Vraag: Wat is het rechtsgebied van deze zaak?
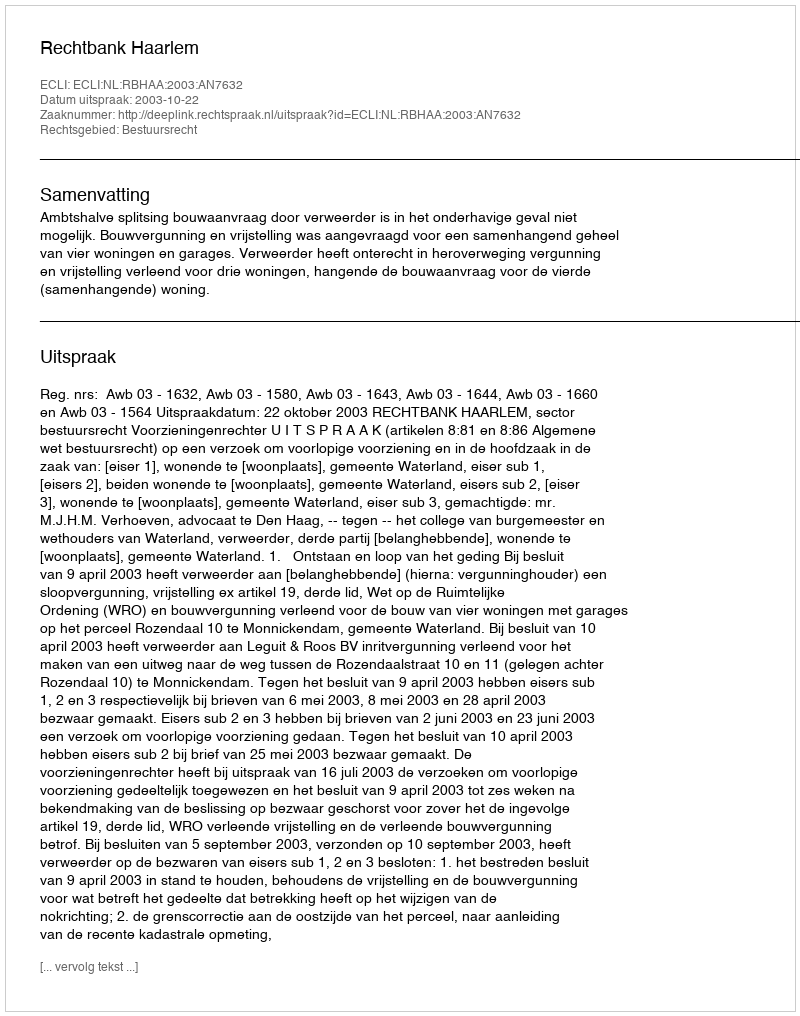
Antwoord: Bestuursrecht